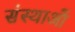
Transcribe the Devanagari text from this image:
संस्थाआें